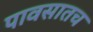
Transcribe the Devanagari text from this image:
पावसातच